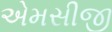
એમસીજી